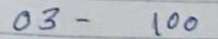
03 -  100